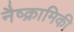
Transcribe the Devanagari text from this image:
नैष्क्रामिकी